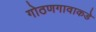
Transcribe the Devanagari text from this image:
गोठणगावाकडे